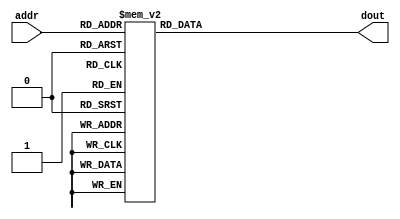
module rom (
    dout,
    addr
);
output [7:0] dout;
reg [7:0] dout;
input [6:0] addr;
always @(addr) begin: ROM_READ
    case (addr)
        0: dout = 0;
        1: dout = 8;
        2: dout = 28;
        3: dout = 28;
        4: dout = 28;
        5: dout = 28;
        6: dout = 28;
        7: dout = 8;
        8: dout = 0;
        9: dout = 120;
        10: dout = 14;
        11: dout = 7;
        12: dout = 3;
        13: dout = 1;
        14: dout = 1;
        15: dout = 1;
        16: dout = 0;
        17: dout = 0;
        18: dout = 0;
        19: dout = 24;
        20: dout = 62;
        21: dout = 103;
        22: dout = 65;
        23: dout = 0;
        24: dout = 0;
        25: dout = 0;
        26: dout = 12;
        27: dout = 30;
        28: dout = 63;
        29: dout = 107;
        30: dout = 73;
        31: dout = 8;
        32: dout = 0;
        33: dout = 51;
        34: dout = 102;
        35: dout = 108;
        36: dout = 123;
        37: dout = 119;
        38: dout = 101;
        39: dout = 65;
        40: dout = 0;
        41: dout = 0;
        42: dout = 0;
        43: dout = 6;
        44: dout = 63;
        45: dout = 127;
        46: dout = 59;
        47: dout = 41;
        48: dout = 0;
        49: dout = 59;
        50: dout = 30;
        51: dout = 12;
        52: dout = 8;
        53: dout = 24;
        54: dout = 60;
        55: dout = 110;
        56: dout = 0;
        57: dout = 28;
        58: dout = 94;
        59: dout = 56;
        60: dout = 24;
        61: dout = 60;
        62: dout = 102;
        63: dout = 67;
        64: dout = 0;
        65: dout = 99;
        66: dout = 62;
        67: dout = 93;
        68: dout = 127;
        69: dout = 93;
        70: dout = 62;
        71: dout = 99;
        72: dout = 0;
        73: dout = 8;
        74: dout = 68;
        75: dout = 110;
        76: dout = 127;
        77: dout = 110;
        78: dout = 68;
        79: dout = 8;
        80: dout = 0;
        81: dout = 96;
        82: dout = 120;
        83: dout = 62;
        84: dout = 47;
        85: dout = 41;
        86: dout = 97;
        87: dout = 64;
        88: dout = 0;
        89: dout = 12;
        90: dout = 30;
        91: dout = 8;
        92: dout = 60;
        93: dout = 102;
        94: dout = 65;
        95: dout = 0;
        96: dout = 0;
        97: dout = 30;
        98: dout = 3;
        99: dout = 70;
        100: dout = 92;
        101: dout = 80;
        102: dout = 120;
        103: dout = 63;
        104: dout = 0;
        105: dout = 48;
        106: dout = 88;
        107: dout = 64;
        108: dout = 67;
        109: dout = 70;
        110: dout = 108;
        111: dout = 56;
        112: dout = 0;
        113: dout = 127;
        114: dout = 63;
        115: dout = 3;
        116: dout = 3;
        117: dout = 3;
        118: dout = 3;
        119: dout = 3;
        120: dout = 0;
        121: dout = 65;
        122: dout = 99;
        123: dout = 59;
        124: dout = 63;
        125: dout = 47;
        126: dout = 99;
        default: dout = 67;
    endcase
end
endmodule